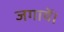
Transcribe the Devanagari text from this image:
जगायें।